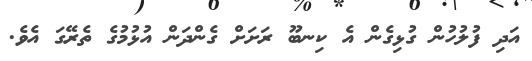
އަދި ފުލުހުން ގުޅިގެން އެ ކިނބޫ ރަށަށް ގެންދަން އުޅުމުގެ ތެރޭގަ އެވެ.